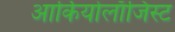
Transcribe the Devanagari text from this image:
आर्कियोलाॅजिस्ट